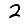
Digit: 2